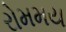
રોમમય